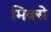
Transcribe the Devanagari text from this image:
मिक्से